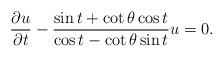
LaTeX: \begin{align*} \frac{\partial u}{\partial t}-\frac{\sin t+\cot \theta \cos t}{\cos t-\cot \theta \sin t} u=0.\end{align*}